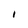
Character: I